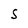
Character: S